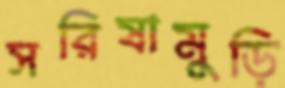
সরিষামুড়ি